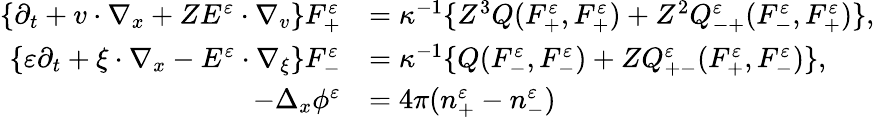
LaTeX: \begin{array}{rl}{\{ \partial_{t}+v\cdot\nabla_{x}+ZE^{\varepsilon}\cdot\nabla_{v}\} F_{+}^{\varepsilon}}&{=\kappa^{-1}\{ Z^{3}Q(F_{+}^{\varepsilon},F_{+}^{\varepsilon})+Z^{2}Q_{-+}^{\varepsilon}(F_{-}^{\varepsilon},F_{+}^{\varepsilon})\} ,}\\ {\{ \varepsilon\partial_{t}+\xi\cdot\nabla_{x}-E^{\varepsilon}\cdot\nabla_{\xi}\} F_{-}^{\varepsilon}}&{=\kappa^{-1}\{ Q(F_{-}^{\varepsilon},F_{-}^{\varepsilon})+ZQ_{+-}^{\varepsilon}(F_{+}^{\varepsilon},F_{-}^{\varepsilon})\} ,}\\ {-\Delta_{x}\phi^{\varepsilon}}&{=4\pi(n_{+}^{\varepsilon}-n_{-}^{\varepsilon})}\end{array}